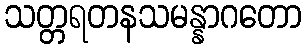
သတ္တရတနသမန္နာဂတော